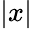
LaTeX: |x|